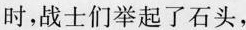
时，战士们举起了石头，